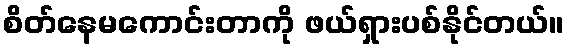
စိတ်နေမကောင်းတာကို ဖယ်ရှားပစ်နိုင်တယ်။